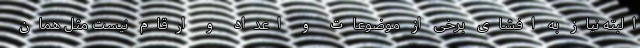
البته نیاز به افشای برخی از موضوعات و اعداد و ارقام نیست مثل همان